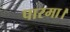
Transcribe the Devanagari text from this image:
पारमा।